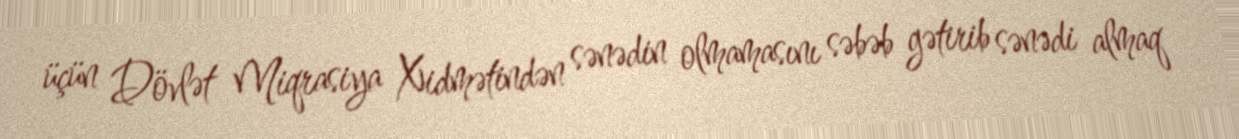
üçün Dövlət Miqrasiya Xidmətindən sənədin olmamasını səbəb gətirib sənədi almaq